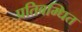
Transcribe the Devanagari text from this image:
प्रतिबम्धित